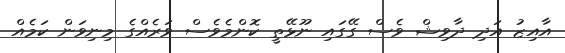
އާއިޒު އަދި ދާވިޝް ވެސް ގޭގައި ނޫޅޭތީ ކޮންމެވެސް ވަރެއްގެ މިނިވަން ކަމެއް